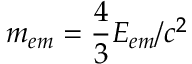
m _ { e m } = { \frac { 4 } { 3 } } E _ { e m } / c ^ { 2 }